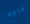
عاجلا